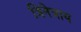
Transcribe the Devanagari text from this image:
त्रिनेत्राय